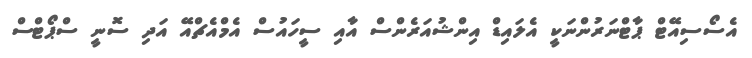
އެސޯސިއޭޓް ޕާޓްނަރުންނަކީ އެލައިޑް އިންޝުއަރެންސް އާއި ސީހައުސް އެމްއެޗްްއޭ އަދި ސޮނީ ސްޕޯޓްސް